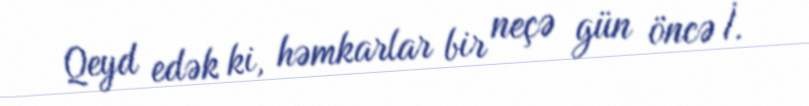
Qeyd edək ki, həmkarlar bir neçə gün öncə İ.